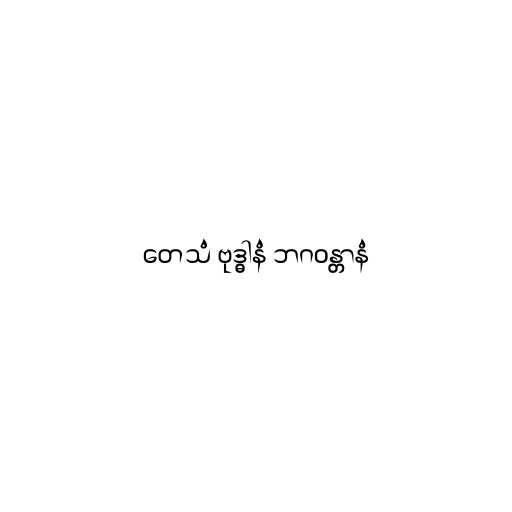
တေသံ ဗုဒ္ဓါနံ ဘဂဝန္တာနံ